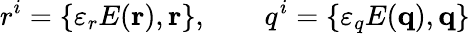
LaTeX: r^{i}=\{ \varepsilon_{r}E({\mathbf r}),{\mathbf r\} },\qquad q^{i}=\{ \varepsilon_{q}E({\mathbf q}),{\mathbf q\} }